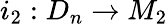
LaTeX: i_{2}:D_{n}\rightarrow M_{2}